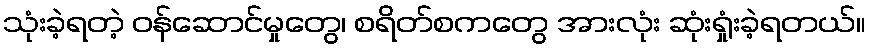
သုံးခဲ့ရတဲ့ ဝန်ဆောင်မှုတွေ၊ စရိတ်စကတွေ အားလုံး ဆုံးရှုံးခဲ့ရတယ်။